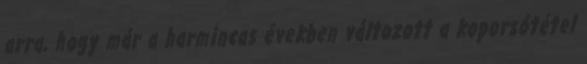
arra, hogy már a harmincas években változott a koporsótétel